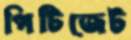
পিটিজেট